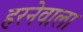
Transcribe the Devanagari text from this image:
हरनेवाला